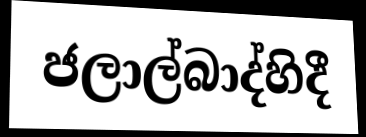
ජලාල්බාද්හිදී